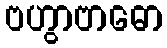
ဗဟွာဗာဓော